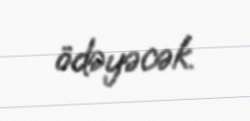
ödəyəcək.